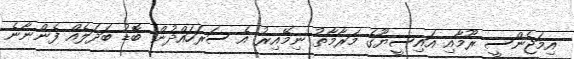
އިމަޖެންސީ ރޫމާއި އައިސީޔޫގެ މަރާމާތު ނިމޭއިރު އެ ސަރަހައްދުން ބޮޑު ބަދަލެއް ފެންނާނެ